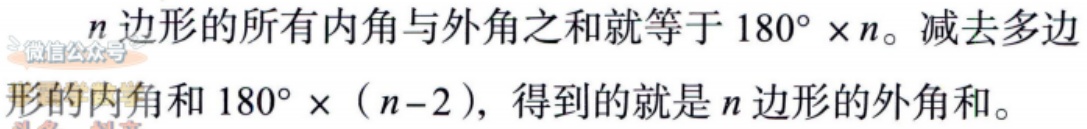
\(n\)边形的所有内角与外角之和就等于\(180^{\circ} \times n\)。减去多边形的内角和\(180^{\circ} \times (n - 2)\)，得到的就是\(n\)边形的外角和。